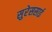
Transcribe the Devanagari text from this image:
सुरेससाई